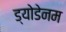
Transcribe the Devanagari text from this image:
ड्योडेनम